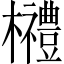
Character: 𣠲